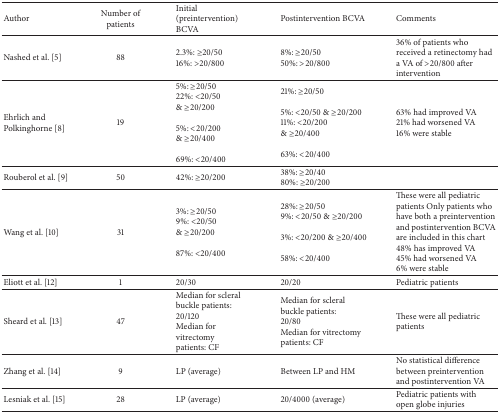
| Author | Number of patients | Initial (preintervention) BCVA | Postintervention BCVA | Comments |
 | --- | --- | --- | --- | --- |
 | Nashed et al. [5] | 88 | 2.3%: ≥20/5016%: >20/800 | 8%: ≥20/5050%: >20/800 | 36% of patients who received a retinectomy had a VA of >20/800 after intervention |
 | Ehrlich and Polkinghorne [8] | 19 | 5%: ≥20/5022%: <20/50 & ≥20/2005%: <20/200 & ≥20/40069%: <20/400 | 21%: ≥20/50 5%: <20/50 & ≥20/200 11%: <20/200 & ≥20/40063%: <20/400 | 63% had improved VA 21% had worsened VA16% were stable |
 | Rouberol et al. [9] | 50 | 42%: ≥20/200 | 38%: ≥20/4080%: ≥20/200 |  |
 | Wang et al. [10] | 31 | 3%: ≥20/509%: <20/50 & ≥20/20087%: <20/400 | 28%: ≥20/509%: <20/50 & ≥20/2003%: <20/200 & ≥20/40058%: <20/400 | These were all pediatric patients Only patients who have both a preintervention and postintervention BCVA are included in this chart 48% has improved VA 45% had worsened VA6% were stable |
 | Eliott et al. [12] | 1 | 20/30 | 20/20 | Pediatric patients |
 | Sheard et al. [13] | 47 | Median for scleral buckle patients: 20/120Median for vitrectomypatients: CF | Median for scleral buckle patients: 20/80Median for vitrectomypatients: CF | These were all pediatric patients |
 | Zhang et al. [14] | 9 | LP (average) | Between LP and HM | No statistical difference between preintervention and postintervention VA |
 | Lesniak et al. [15] | 28 | LP (average) | 20/4000 (average) | Pediatric patients with open globe injuries |